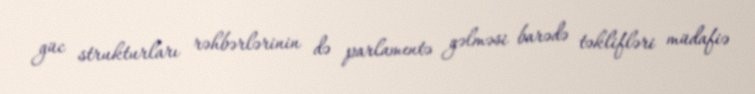
güc strukturları rəhbərlərinin də parlamentə gəlməsi barədə təklifləri müdafiə